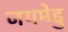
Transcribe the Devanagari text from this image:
जयमेडु